Civil Veterinary Department. United Provinces 1923-31 - 1923-1931
Year: 1923
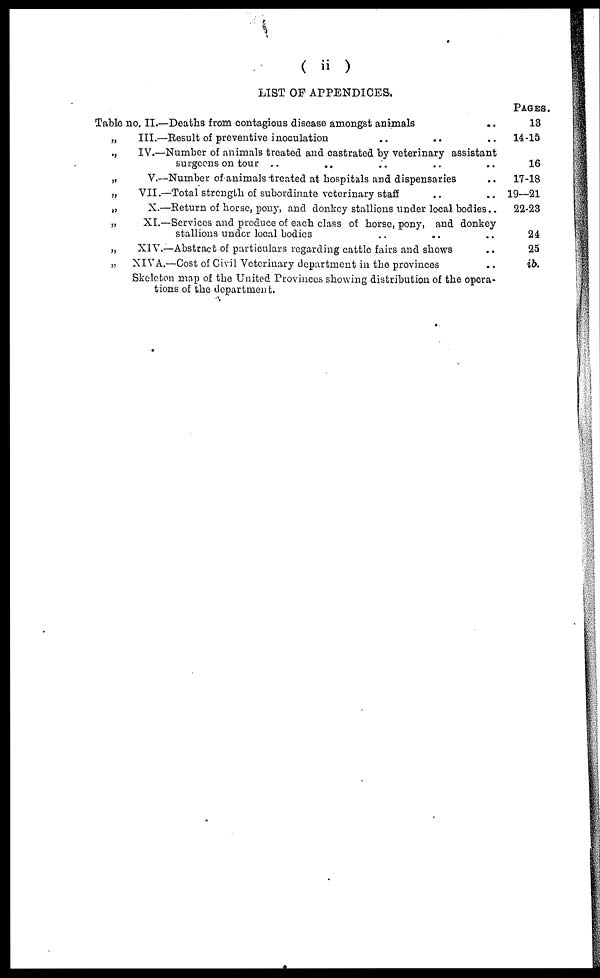
( ii )
LIST OF APPENDICES.
Table no. II.—Deaths from contagious disease amongst animals ..
„
„
„
„
„
„
„
„
III.—Result of preventive inoculation .. .. ..
IV.—Number of animals treated and castrated by veterinary assistant
surgeens on tour ..
.. .. .. ..
V.—Number of animals treated at hospitals and dispensaries ..
VII.—Total strength of subordinate veterinary staff .. ..
X.—Return of horse, pony, and donkey stallions under local bodies..
XI.—Services and produce of each class of horse, pony, and donkey
stallions under local bodies .. .. ..
XIV.—Abstract of particulars regarding cattle fairs and shows ..
XIVA.—Cost of Civil Veterinary department in the provinces ..
Skeleton map of the United Provinces showing distribution of the opera-
tions of the department.
PAGES.
18
14-15
16
17-18
19—21
22-28
24
25
ib.